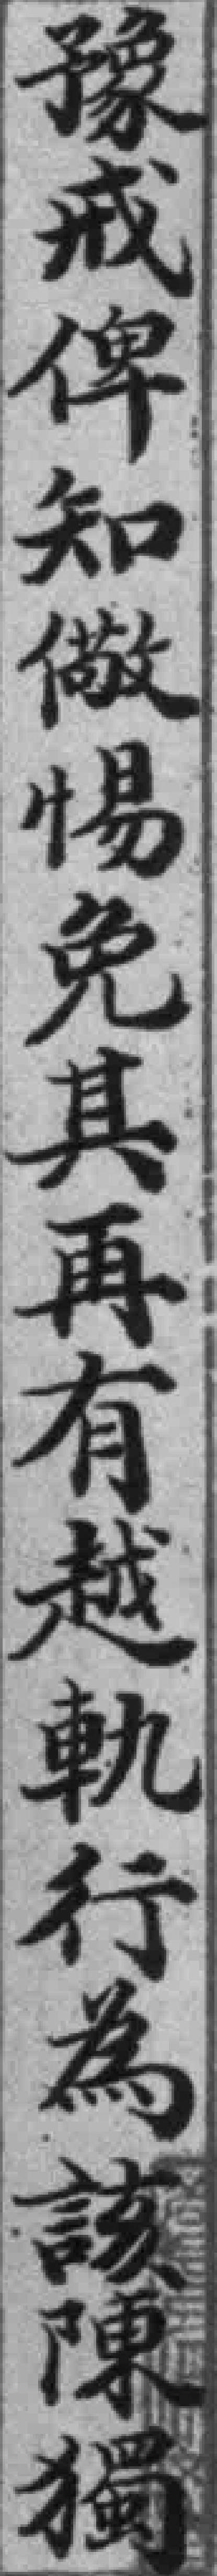
豫戒俾知儆惕免其再有越軌行為該陳獨